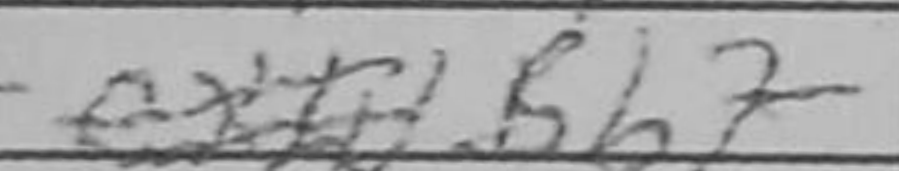
Transcription: Bb7